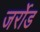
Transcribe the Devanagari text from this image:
जर्रोड